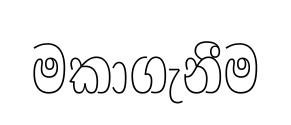
මකාගැනීම